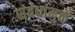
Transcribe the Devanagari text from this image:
संबधांमुळे